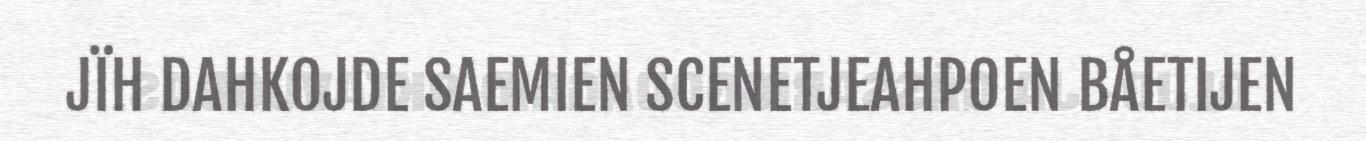
JÏH DAHKOJDE SAEMIEN SCENETJEAHPOEN BÅETIJEN